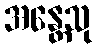
အန္တေသု